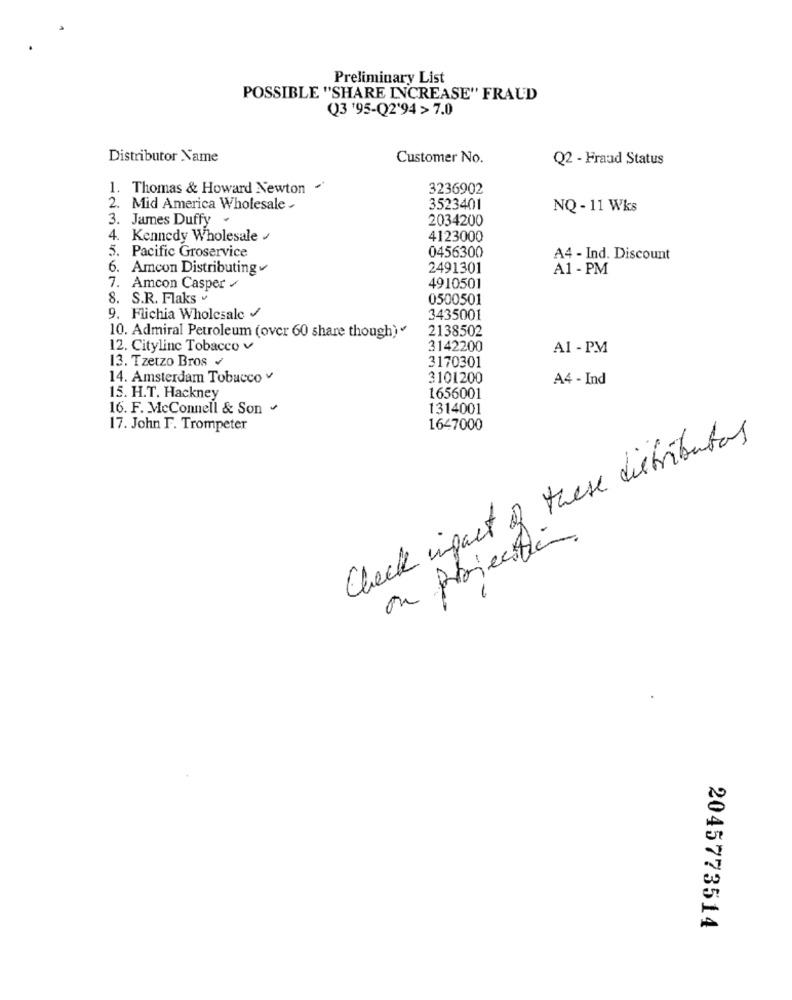
Preliminary List
POSSIBLE "SHARE INCREASE" FRAUD
Q3 '95-Q2'94 > 7.0
Distributor Name
Customer No.
Q2 - Fraud Status
1. Thomas & Howard Newton
3236902
2. Mid America Wholesale .
3523401
NQ - 11 Wks
3. James Duffy .
2034200
4. Kennedy Wholesale /
4123000
5. Pacific Groservice
0456300
A4 - Ind. Discount
6. Amcon Distributing
2491301
A1 - PM
7. Amcon Casper /
4910501
8. S.R. Flaks v
0500501
9. Flichia Wholesale /
3435001
2138502
10. Admiral Petroleum (over 60 share though) "
12. Cityline Tobacco v
3142200
AI - PM
13. Tzetzo Bros
3170301
14. Amsterdam Tobacco v
3101200
A4 - Ind
15. H.T. Hackney
1656001
16. F. McConnell & Son +
1314001
17. John F. Trompeter
1647000
Check impact of these distributors
on projection.
2045773514